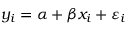
y _ { i } = \alpha + \beta x _ { i } + \varepsilon _ { i }